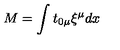
M = \int t _ { 0 \mu } \xi ^ { \mu } d x